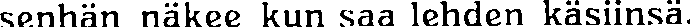
senhän näkee kun saa lehden käsiinsä.